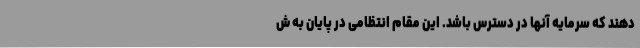
دهند که سرمایه آنها در دسترس باشد. این مقام انتظامی در پایان به ش